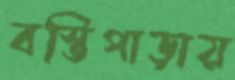
বস্তিপাড়ায়